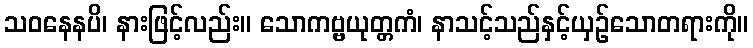
သဝနေနပိ၊ နားဖြင့်လည်း။ သောကဗ္ဗယုတ္တကံ၊ နာသင့်သည်နှင့်ယှဉ်သောတရားကို။